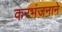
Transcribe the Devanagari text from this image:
करभंजनाने